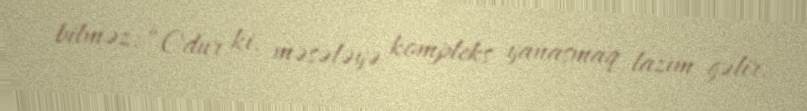
bilməz: “Odur ki, məsələyə kompleks yanaşmaq lazım gəlir.